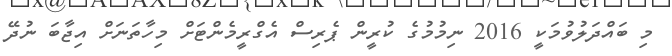
މި ބައްދަލުވުމަކީ 2016 ނިމުމުގެ ކުރީން ޕެރިސް އެގްރީމެންޓަށް މިހާތަނަށް އިޖާބަ ނުދޭ